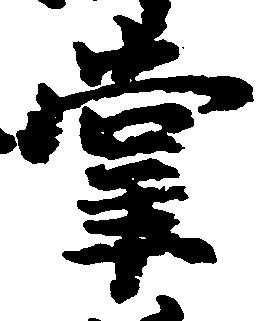
掌